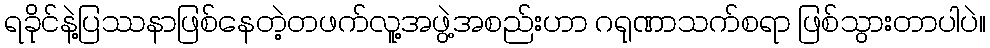
ရခိုင်နဲ့ပြဿနာဖြစ်နေတဲ့တဖက်လူ့အဖွဲ့အစည်းဟာ ဂရုဏာသက်စရာ ဖြစ်သွားတာပါပဲ။